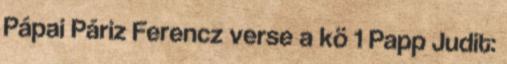
Pápai Páriz Ferencz verse a kö 1 Papp Judit: